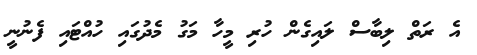
އެ ރަތް ލިބާސް ލައިގެން ހުރި މީހާ މަގު މެދުގައި ހުއްޓައި ފެނުނީ